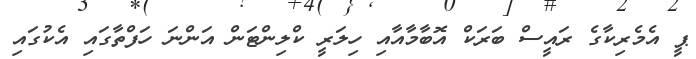
ޕީ އެމެރިކާގެ ރައީސް ބަރަކް އޮބާމާއާއި ހިލަރީ ކްލިންޓަން އަންނަ ހަފްތާގައި އެކުގައި